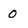
Character: 0